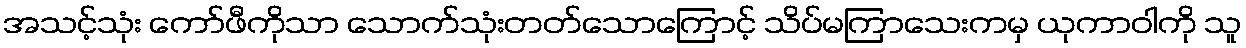
အသင့်သုံး ကော်ဖီကိုသာ သောက်သုံးတတ်သောကြောင့် သိပ်မကြာသေးကမှ ယုကာဝါကို သူ